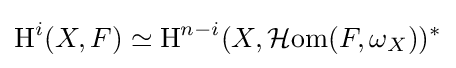
\operatorname {H} ^{i}(X,F)\simeq \operatorname {H} ^{n-i}(X,\operatorname {{\mathcal {H}}om} (F,\omega _{X}))^{*}